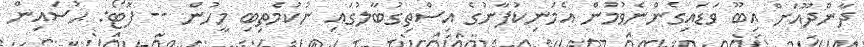
ދާންދޫއަށް އިބޫ ވަޑައިގެންނެވުމުން އެމަނިކުފާނުގެ އިސްތިގުބާލުގައި ނުކުމެތިބި މީހުން -- ފޮޓޯ: ޙުސައިން